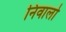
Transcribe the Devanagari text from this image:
निवालो